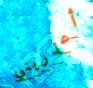
أعذريني